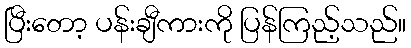
ပြီးတော့ ပန်းချီကားကို ပြန်ကြည့်သည်။